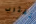
تقترب